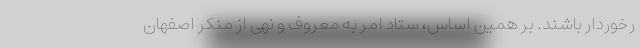
رخوردار باشند. بر همین اساس، ستاد امر به معروف و نهی از منکر اصفهان